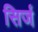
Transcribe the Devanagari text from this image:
सिर्ज